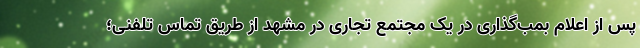
پس از اعلام بمب‌گذاری در یک مجتمع تجاری در مشهد از طریق تماس تلفنی؛